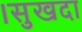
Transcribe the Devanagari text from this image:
।सुखदा